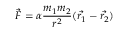
\vec { F } = \alpha \frac { m _ { 1 } m _ { 2 } } { r ^ { 2 } } ( \vec { r _ { 1 } } - \vec { r _ { 2 } } )